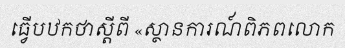
ធ្វើបឋកថាស្តីពី «ស្ថានការណ៍ពិភពលោក